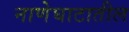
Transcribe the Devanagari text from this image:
नाणेघाटातील